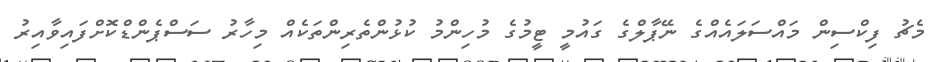
މެޗު ފިކްސިން މައްސަލައެއްގެ ނޭޕާލްގެ ގައުމީ ޓީމުގެ މުހިންމު ކުޅުންތެރިންތަކެއް މިހާރު ސަސްޕެންޑްކޮށްފައިވާއިރު